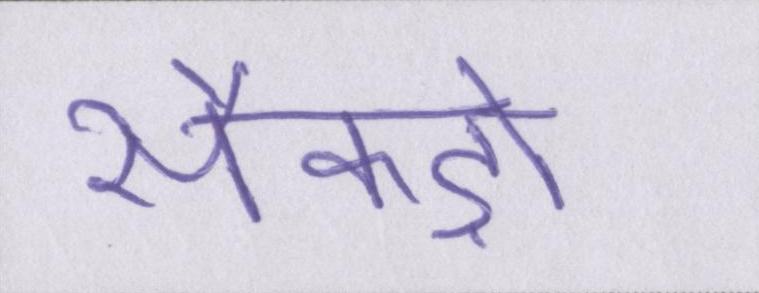
सैकड़ों